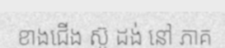
ខាងជើង ស៊ូ ដង់ នៅ ភាគ